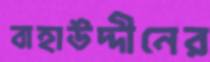
বাহাউদ্দীনের